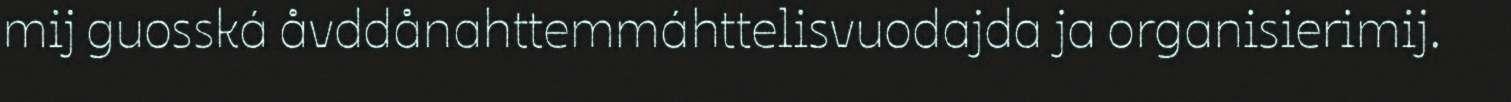
mij guosská åvddånahttemmáhttelisvuodajda ja organisierimij.